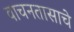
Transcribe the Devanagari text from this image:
वाचनतासाचे